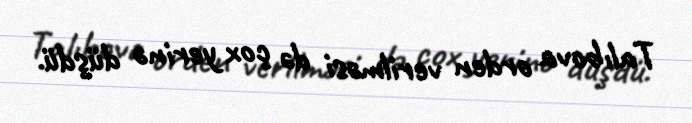
Talıbova orden verilməsi də çox yerinə düşdü.